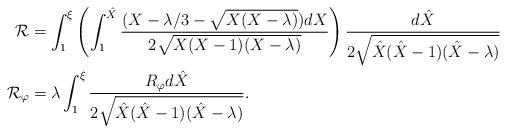
LaTeX: \begin{align*}\mathcal{R} & = \int_1^{\xi}\left(\int_{1}^{\hat{X}}\frac{(X-\lambda/3 -\sqrt{X(X-\lambda)})dX}{2\sqrt{X(X-1)(X-\lambda)}}\right)\frac{d\hat{X}}{2\sqrt{\hat{X}(\hat{X}-1)(\hat{X}-\lambda)}}\\\mathcal{R}_\varphi & = \lambda\int_1^{\xi}\frac{R_{\varphi}d\hat{X}}{2\sqrt{\hat{X}(\hat{X}-1)(\hat{X}-\lambda)}}.\end{align*}